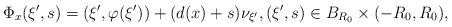
LaTeX: \begin{align*}\Phi_x(\xi', s) = (\xi', \varphi(\xi')) + (d(x) + s) \nu_{\xi'}, (\xi',s) \in B_{R_0} \times (-R_0, R_0),\end{align*}